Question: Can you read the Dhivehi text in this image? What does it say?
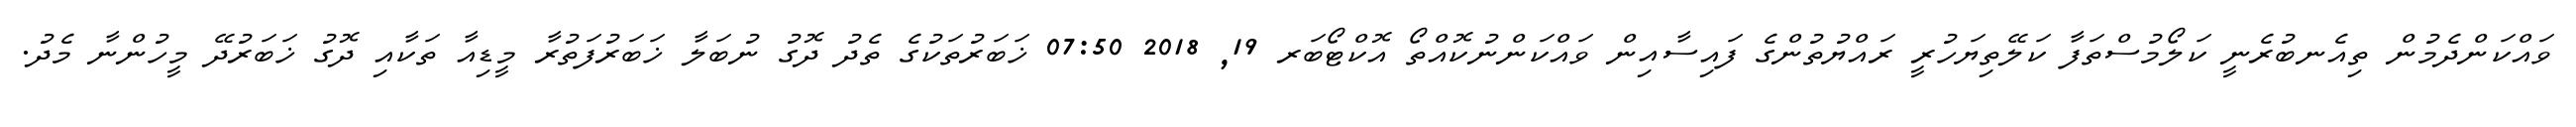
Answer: ވައްކަންދެމުން ތިއެނބުރެނީ ކަލޯމުސްތަފާ ކަލޭތިޔަހުރީ ރައްޔުތުންގެ ފައިސާއިން ވައްކަންނުކޮއްތޯ އޮކްޓޯބަރ 19, 2018 07:50 ޚަބަރުތަކުގެ ތެދު ދޮގު ނުބަލާ ޚަބަރުފަތުރާ މީޑިއާ ތަކާއި ދޮގު ޚަބަރުދޭ މީހުންނާ މެދު.